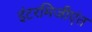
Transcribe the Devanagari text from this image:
इंटरमिजीएंत